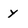
Character: y